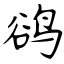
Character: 鹆